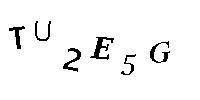
TU2E5G